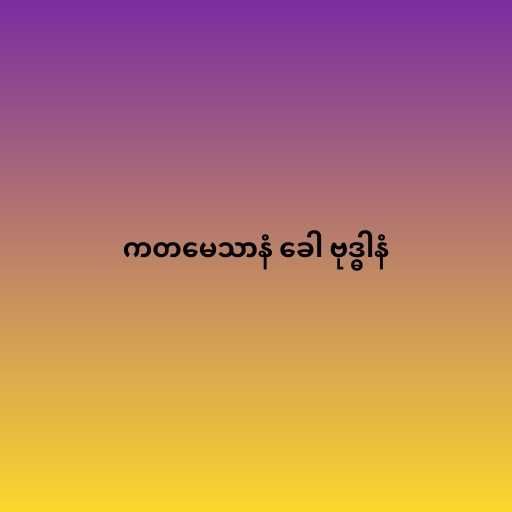
ကတမေသာနံ ခေါ ဗုဒ္ဓါနံ